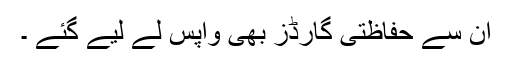
ان سے حفاظتی گارڈز بھی واپس لے لیے گئے ۔